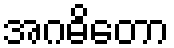
အဂဓိတော